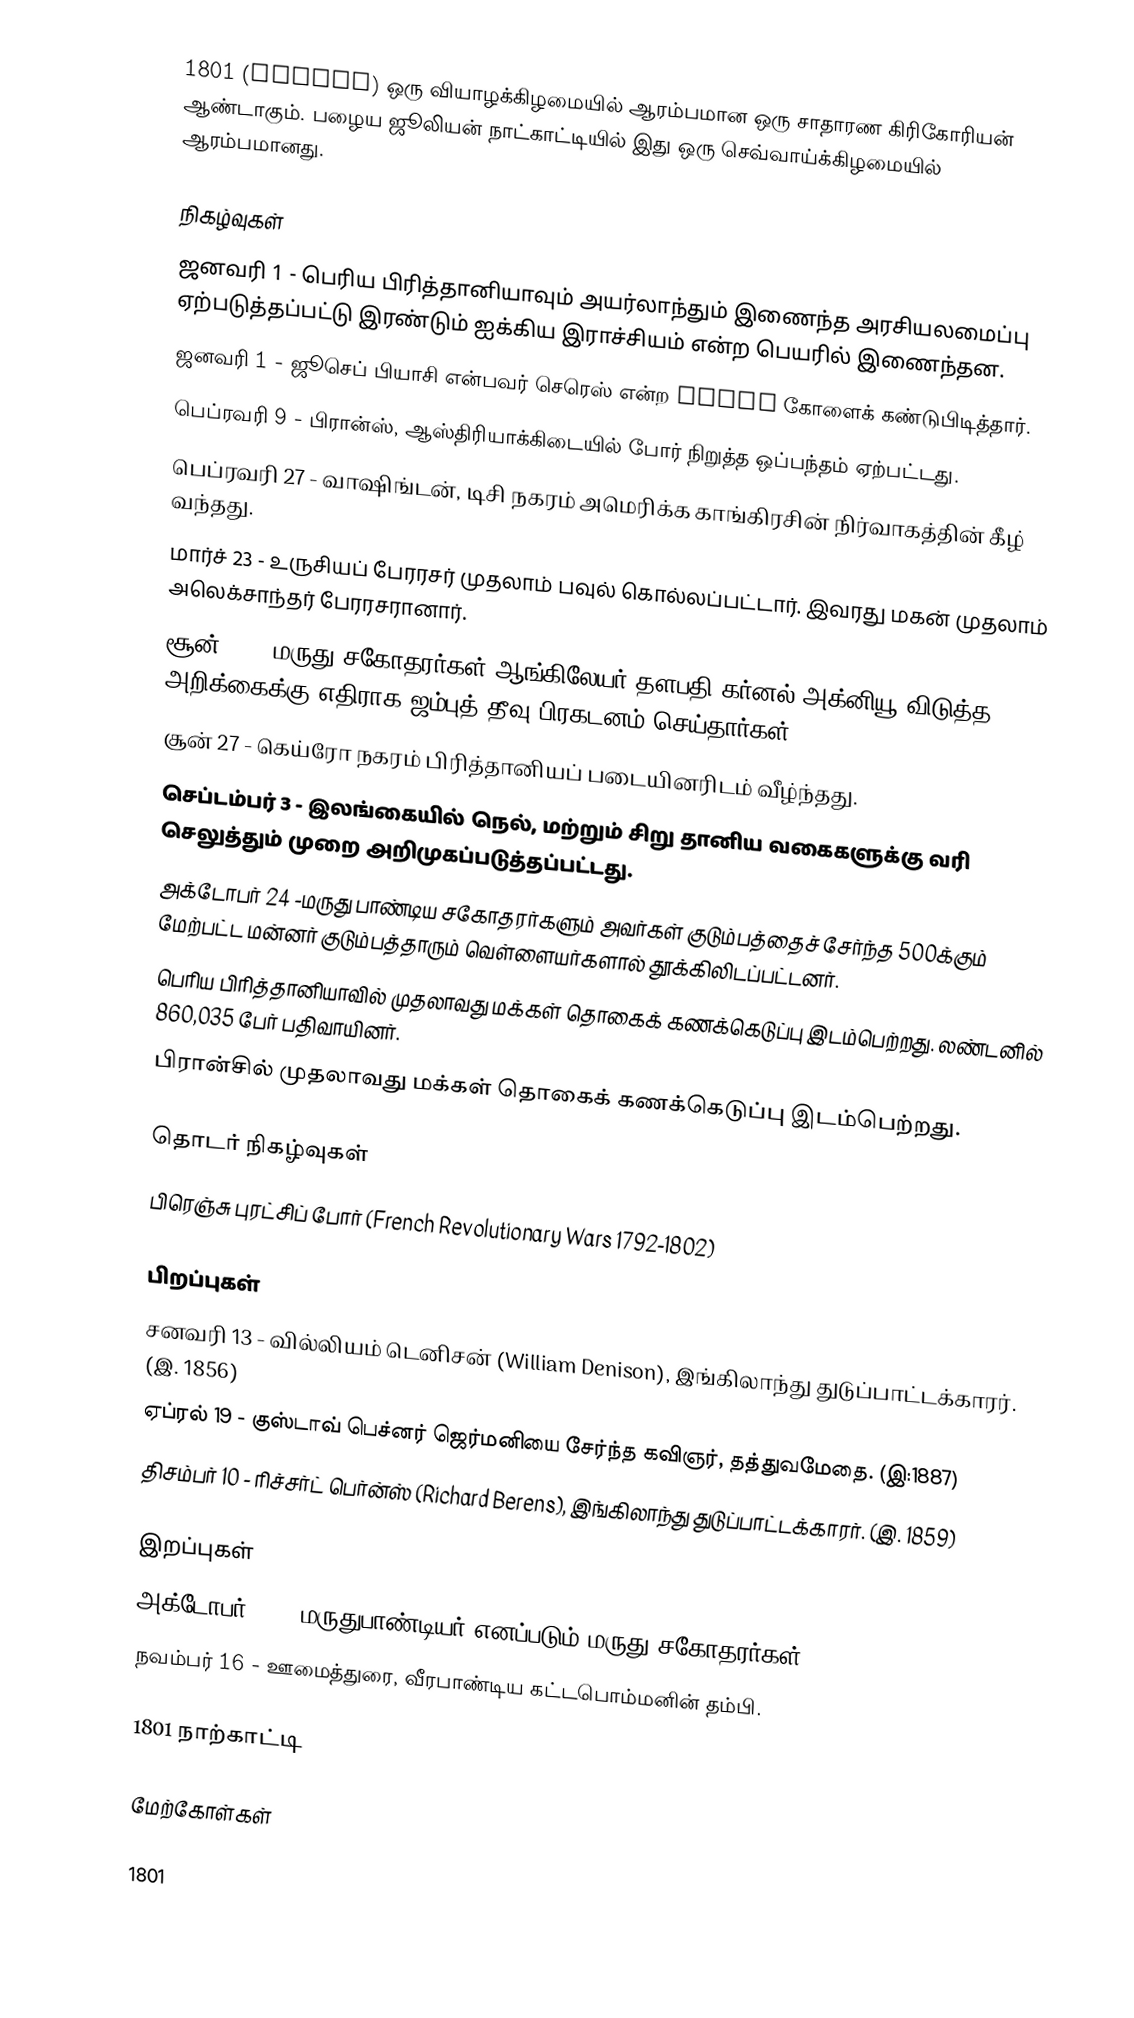
1801  (MDCCCI) ஒரு வியாழக்கிழமையில் ஆரம்பமான ஒரு சாதாரண கிரிகோரியன் ஆண்டாகும். பழைய ஜூலியன் நாட்காட்டியில் இது ஒரு செவ்வாய்க்கிழமையில் ஆரம்பமானது.

நிகழ்வுகள்
 ஜனவரி 1 - பெரிய பிரித்தானியாவும் அயர்லாந்தும் இணைந்த அரசியலமைப்பு ஏற்படுத்தப்பட்டு இரண்டும் ஐக்கிய இராச்சியம் என்ற பெயரில் இணைந்தன.
 ஜனவரி 1 - ஜூசெப் பியாசி என்பவர் செரெஸ் என்ற dwarf கோளைக் கண்டுபிடித்தார்.
 பெப்ரவரி 9 - பிரான்ஸ், ஆஸ்திரியாக்கிடையில் போர் நிறுத்த ஒப்பந்தம் ஏற்பட்டது.
 பெப்ரவரி 27 - வாஷிங்டன், டிசி நகரம் அமெரிக்க காங்கிரசின் நிர்வாகத்தின் கீழ் வந்தது.
 மார்ச் 23 -  உருசியப் பேரரசர் முதலாம் பவுல் கொல்லப்பட்டார். இவரது மகன் முதலாம் அலெக்சாந்தர் பேரரசரானார்.
 சூன் 12 - மருது சகோதரர்கள் ஆங்கிலேயர் தளபதி கர்னல் அக்னியூ விடுத்த அறிக்கைக்கு எதிராக ஜம்புத் தீவு பிரகடனம் செய்தார்கள்.
 சூன் 27 - கெய்ரோ நகரம் பிரித்தானியப் படையினரிடம் வீழ்ந்தது.
 செப்டம்பர் 3 - இலங்கையில் நெல், மற்றும் சிறு தானிய வகைகளுக்கு வரி செலுத்தும் முறை அறிமுகப்படுத்தப்பட்டது.
  அக்டோபர் 24 -மருது பாண்டிய சகோதரர்களும் அவர்கள் குடும்பத்தைச் சேர்ந்த 500க்கும் மேற்பட்ட மன்னர் குடும்பத்தாரும் வெள்ளையர்களால் தூக்கிலிடப்பட்டனர்.
 பெரிய பிரித்தானியாவில் முதலாவது மக்கள் தொகைக் கணக்கெடுப்பு இடம்பெற்றது. லண்டனில் 860,035 பேர் பதிவாயினர்.
 பிரான்சில் முதலாவது மக்கள் தொகைக் கணக்கெடுப்பு இடம்பெற்றது.

தொடர் நிகழ்வுகள்
 பிரெஞ்சு புரட்சிப் போர் (French Revolutionary Wars 1792-1802)

பிறப்புகள்
 சனவரி 13 - வில்லியம் டெனிசன் (William Denison), இங்கிலாந்து துடுப்பாட்டக்காரர். (இ. 1856)
 ஏப்ரல் 19 - குஸ்டாவ் பெச்னர் ஜெர்மனியை சேர்ந்த கவிஞர், தத்துவமேதை. (இ:1887)
 திசம்பர் 10 - ரிச்சர்ட் பெர்ன்ஸ் (Richard Berens), இங்கிலாந்து துடுப்பாட்டக்காரர். (இ. 1859)

இறப்புகள்
 அக்டோபர் 24 - மருதுபாண்டியர் எனப்படும் மருது சகோதரர்கள்.
 நவம்பர் 16 - ஊமைத்துரை, வீரபாண்டிய கட்டபொம்மனின் தம்பி.

1801 நாற்காட்டி

மேற்கோள்கள்

1801